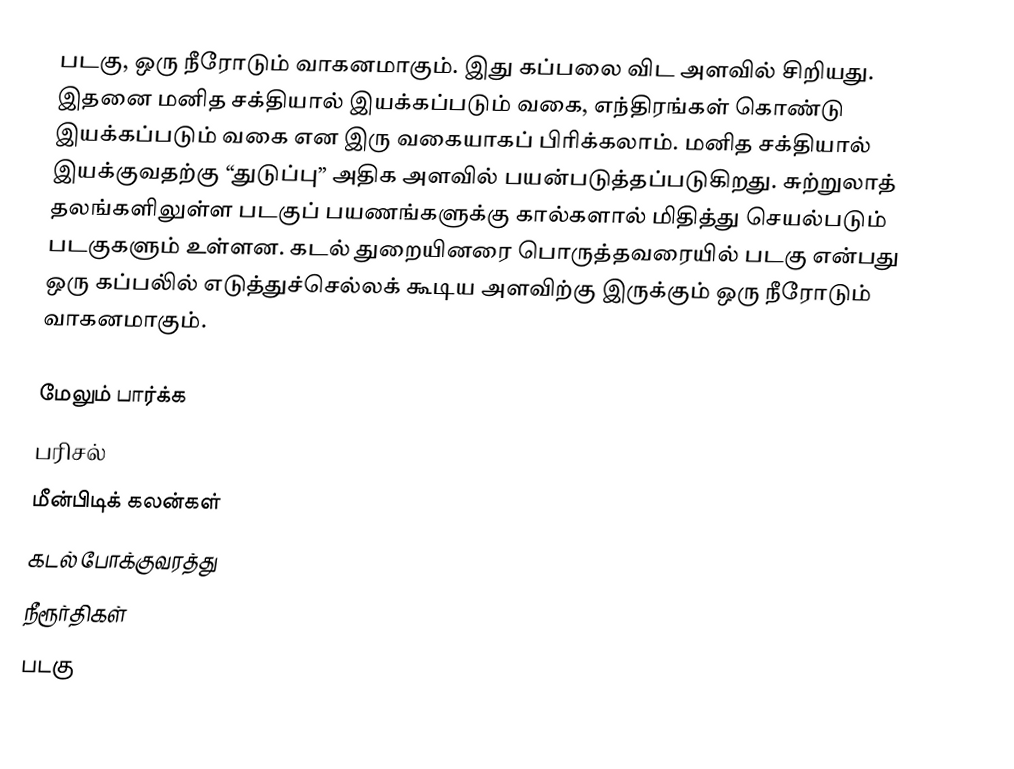
படகு, ஒரு நீரோடும் வாகனமாகும். இது கப்பலை விட அளவில் சிறியது. இதனை மனித சக்தியால் இயக்கப்படும் வகை, எந்திரங்கள் கொண்டு இயக்கப்படும் வகை என இரு வகையாகப் பிரிக்கலாம். மனித சக்தியால் இயக்குவதற்கு “துடுப்பு” அதிக அளவில் பயன்படுத்தப்படுகிறது. சுற்றுலாத் தலங்களிலுள்ள படகுப் பயணங்களுக்கு கால்களால் மிதித்து செயல்படும் படகுகளும் உள்ளன. கடல் துறையினரை பொருத்தவரையில் படகு என்பது ஒரு கப்பலி்ல் எடுத்துச்செல்லக் கூடிய அளவிற்கு இருக்கும் ஒரு நீரோடும் வாகனமாகும்.

மேலும் பார்க்க
 பரிசல்
 மீன்பிடிக் கலன்கள்
கடல் போக்குவரத்து
நீரூர்திகள்
படகு